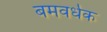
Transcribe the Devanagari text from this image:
बमवर्धक